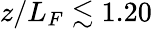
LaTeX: z/L_{F}\lesssim 1.20